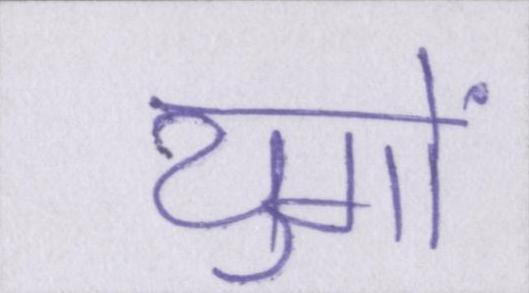
युगों